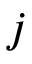
j